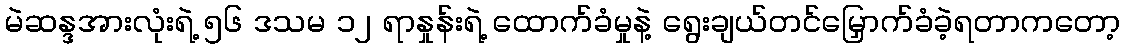
မဲဆန္ဒအားလုံးရဲ့ ၅၆ ဒသမ ၁၂ ရာနှုန်းရဲ့ ထောက်ခံမှုနဲ့ ရွေးချယ်တင်မြှောက်ခံခဲ့ရတာကတော့